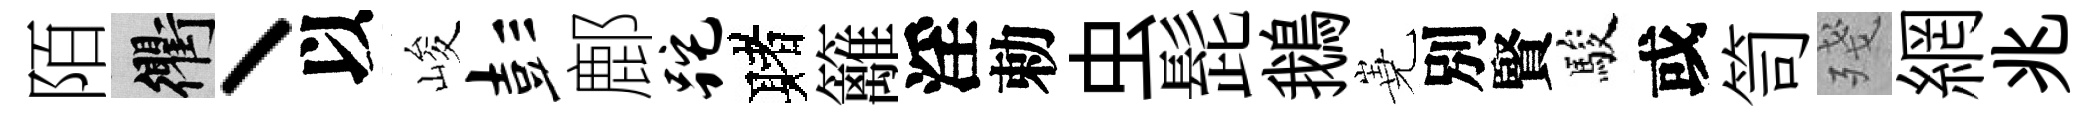
陌衢丶以峻彭鄜跎赌籬淫勅虫髭鵝嶤別賢駿或笥殘網兆